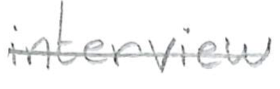
Text: interview
Cross-out: single-line
Writing tool: pencil